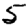
Digit: 5